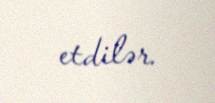
etdilər.